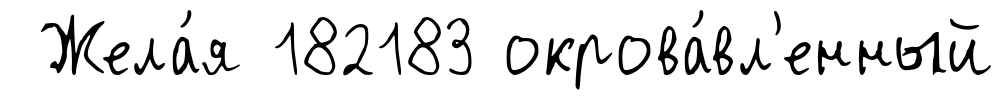
Жела́я 182183 окрова́вл'енный